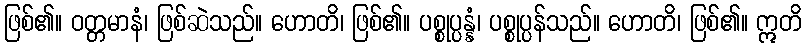
ဖြစ်၏။ ဝတ္တမာနံ၊ ဖြစ်ဆဲသည်။ ဟောတိ၊ ဖြစ်၏။ ပစ္စုပ္ပန္နံ၊ ပစ္စုပ္ပန်သည်။ ဟောတိ၊ ဖြစ်၏။ ဣတိ